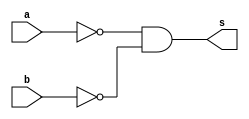
// -------------------------
// Exercicio5- NOR
// Nome: Guilherme Alves
// -------------------------
// -------------------------
// -- NOR gate
// -------------------------
module norgate (output s,input a,
                        input  b);
assign s = ~(a) & ~(b);
endmodule // norgate
// -------------------------
// -- test NOR gate
// -------------------------
module testnorgate;
// ------------------------- dados locais
   reg    a,b;   // definir registrador
                 // (variavel independente)
   wire   s;   // definir conexao (fio)
                // (variavel dependente  )
// ------------------------- instancia
  norgate NOR1 (s, a,b);
// ------------------------- preparacao
   initial begin:start
      a=0;
		b=0;    // valor inicial
   end// ------------------------- parte principal
   initial begin
         $display("Exrcicio5 - Guilherme Alves - 450161");
         $display("Test NOR gate");
$display("a  b   s");
$monitor(a, "  " ,b,     "   " ,s);
	   #1     a=0;
				 b=0;
       
		#1		 a= 0;
				 b =1;
    
  		#1	    a = 1;
			    b = 0;
	
		#1		a=1;
				b=1;
	 
   end
endmodule // testnorgate